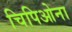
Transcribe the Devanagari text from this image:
चिपिओना